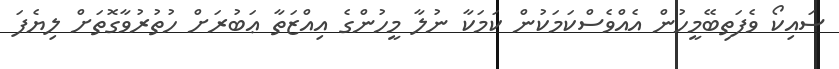
ސައިކޯ ވެފަތިބޭމީހުން އެއްވެސްކަމަކުން ކަމަކާ ނުލާ މީހުންގެ އިއްޒަތާ ޢަބުރަށް ހުތުރުވާގޮތަށް ލިޔެފަ